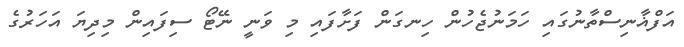
އަފްޣާނިސްތާނުގައި ހަމަނުޖެހުން ހިނގަން ފަށާފައި މި ވަނީ ނޭޓޯ ސިފައިން މިދިޔަ އަހަރުގެ